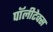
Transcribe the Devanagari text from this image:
पॉलीटेक्स